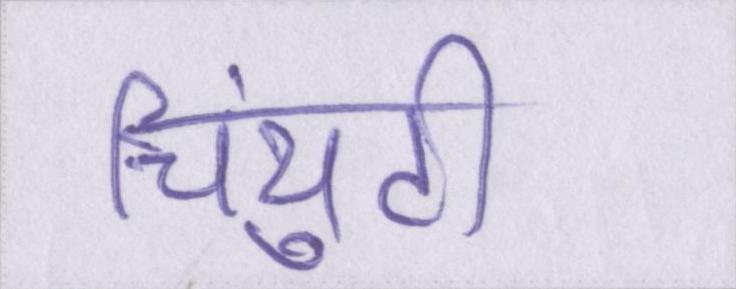
चिंयुटी